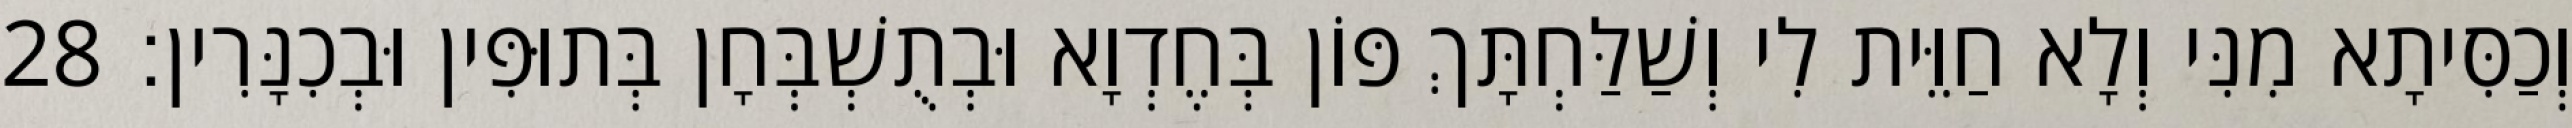
וְכַסִּיתָא מִנִּי וְלָא חַוֵּית לִי וְשַׁלַּחְתָּךְ פּוֹן בְּחֶדְוָא וּבְתֻשְׁבְּחָן בְּתוּפִּין וּבְכִנָּרִין׃ 28